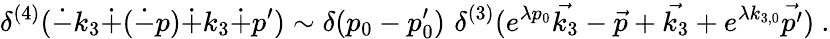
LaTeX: \delta^{(4)}(\dot{-}k_{3}\dot{+}(\dot{-}p)\dot{+}k_{3}\dot{+}p^{\prime})\sim\delta(p_{0}-p_{0}^{\prime})\, \, \delta^{(3)}(e^{\lambda p_{0}}\vec{k_{3}}-\vec{p}+\vec{k_{3}}+e^{\lambda k_{3,0}}\vec{p^{\prime}})~.